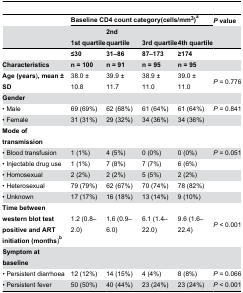
<table><thead><tr><td></td><td colspan="4"><b>Baseline CD4 count category(cells/mm<sup>3</sup>)<sup>a</sup></b></td><td><b><i>P</i> value</b></td></tr><tr><td></td><td><b>1st quartile</b></td><td><b>2nd quartile</b></td><td><b>3rd quartile</b></td><td><b>4th quartile</b></td><td></td></tr></thead><tbody><tr><td></td><td><b>≤30</b></td><td><b>31–86</b></td><td><b>87–173</b></td><td><b>≥174</b></td><td></td></tr><tr><td><b>Characteristics</b></td><td><b>n = 100</b></td><td><b>n = 91</b></td><td><b>n = 95</b></td><td><b>n = 95</b></td><td></td></tr><tr><td><b>Age (years</b>)<b>, mean ± SD</b></td><td>38.0 ± 10.8</td><td>39.9 ± 11.7</td><td>38.9 ± 11.0</td><td>39.0 ± 11.0</td><td><i>P</i> = 0.776</td></tr><tr><td><b>Gender</b></td><td></td><td></td><td></td><td></td><td></td></tr><tr><td>• Male</td><td>69 (69%)</td><td>62 (68%)</td><td>61 (64%)</td><td>61 (64%)</td><td><i>P</i> = 0.841</td></tr><tr><td>• Female</td><td>31 (31%)</td><td>29 (32%)</td><td>34 (36%)</td><td>34 (36%)</td><td></td></tr><tr><td><b>Mode of transmission</b></td><td></td><td></td><td></td><td></td><td></td></tr><tr><td>• Blood transfusion</td><td>1 (1%)</td><td>4 (5%)</td><td>0 (0%)</td><td>0 (0%)</td><td><i>P</i> = 0.051</td></tr><tr><td>• Injectable drug use</td><td>1 (1%)</td><td>7 (8%)</td><td>7 (7%)</td><td>6 (6%)</td><td></td></tr><tr><td>• Homosexual</td><td>2 (2%)</td><td>2 (2%)</td><td>5 (5%)</td><td>2 (2%)</td><td></td></tr><tr><td>• Heterosexual</td><td>79 (79%)</td><td>62 (67%)</td><td>70 (74%)</td><td>78 (82%)</td><td></td></tr><tr><td>• Unknown</td><td>17 (17%)</td><td>16 (18%)</td><td>13 (14%)</td><td>9 (10%)</td><td></td></tr><tr><td><b>Time between western blot test positive and ART initiation (months</b>)<b><sup>b</sup></b></td><td>1.2 (0.8–2.0)</td><td>1.6 (0.9–6.0)</td><td>6.1 (1.4–22.0)</td><td>9.6 (1.6–22.4)</td><td><i>P</i> &lt; 0.001</td></tr><tr><td><b>Symptom at baseline</b></td><td></td><td></td><td></td><td></td><td></td></tr><tr><td>• Persistent diarrhoea</td><td>12 (12%)</td><td>14 (15%)</td><td>4 (4%)</td><td>8 (8%)</td><td><i>P</i> = 0.066</td></tr><tr><td>• Persistent fever</td><td>50 (50%)</td><td>40 (44%)</td><td>23 (24%)</td><td>23 (24%)</td><td><i>P</i> &lt; 0.001</td></tr></tbody></table>